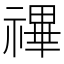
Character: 𥛘